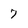
Character: 7